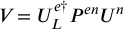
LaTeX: { V } _ { \l } = { { \cal U } } _ { L } ^ { e \dagger } P ^ { e n } { \cal U } _ { \l } ^ { n }